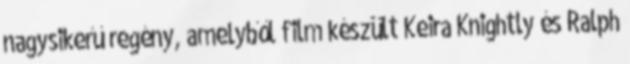
nagysikerű regény, amelyből film készült Keira Knightly és Ralph